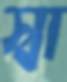
স্বা